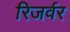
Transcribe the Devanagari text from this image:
रिजर्वर